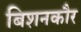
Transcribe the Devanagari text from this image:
बिशनकौर